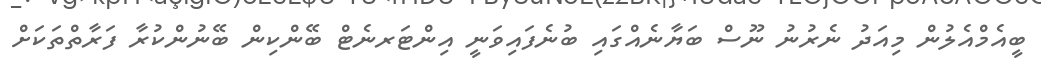
ބީއެމްއެލުން މިއަދު ނެރުނު ނޫސް ބަޔާނެއްގައި ބުނެފައިވަނީ އިންޓަރނެޓް ބޭންކިން ބޭނުންކުރާ ފަރާތްތަކަށް